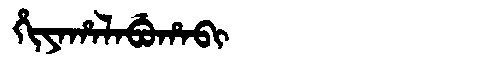
Manchu: ᡥᡳᠶᠠᡥᠠᠯᠠᠪᡠᡥᠠᠪᡳ
Romanization: HIYAHALABUHABI